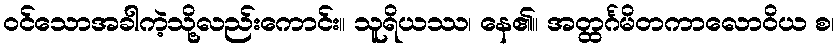
ဝင်သောအခါကဲ့သို့လည်းကောင်း။ သူရိယဿ၊ နေ၏။ အတ္ထင်္ဂမိတကာလောဝိယ စ၊